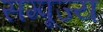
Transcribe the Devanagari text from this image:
सम्पूज्य